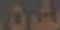
شت